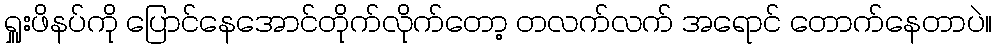
ရှူးဖိနပ်ကို ပြောင်နေအောင်တိုက်လိုက်တော့ တလက်လက် အရောင် တောက်နေတာပဲ။